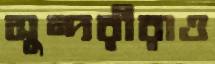
সুন্দরীরাও